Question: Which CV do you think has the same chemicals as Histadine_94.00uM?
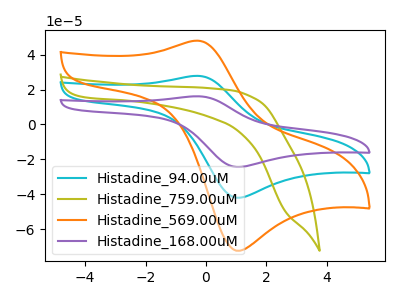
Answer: <think>The cyan curve "Histadine_94.00uM" has an anodic peak at (-0.30V, 27.90uA) and a cathodic peak at (1.00V, -42.00uA). The olive curve "Histadine_759.00uM" has no peaks. The orange curve "Histadine_569.00uM" has an anodic peak at (-0.30V, 48.10uA) and a cathodic peak at (1.00V, -72.40uA). The purple curve "Histadine_168.00uM" has an anodic peak at (-0.30V, 55.80uA) and a cathodic peak at (1.00V, -84.05uA).
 "Histadine_94.00uM" and "Histadine_759.00uM" have a different number of peaks. All the peaks in "Histadine_94.00uM" have a peak in "Histadine_569.00uM" at the same potential. Every peak in "Histadine_94.00uM" is lower than every peak in "Histadine_569.00uM". All the peaks in "Histadine_94.00uM" have a peak in "Histadine_168.00uM" at the same potential. Every peak in "Histadine_94.00uM" is lower than every peak in "Histadine_168.00uM". "Histadine_759.00uM" and "Histadine_569.00uM" have a different number of peaks. "Histadine_759.00uM" and "Histadine_168.00uM" have a different number of peaks. All the peaks in "Histadine_569.00uM" have a peak in "Histadine_168.00uM" at the same potential. Every peak in "Histadine_569.00uM" is lower than every peak in "Histadine_168.00uM".</think>
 <answer>"Histadine_94.00uM" and "Histadine_168.00uM" have a similar shape to "Histadine_569.00uM".</answer>
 <eval>"Histadine_94.00uM" "Histadine_168.00uM"</eval>